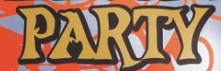
PARTY